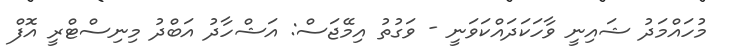
މުހައްމަދު ޝައިނީ ވާހަކަދައްކަވަނީ - ވަގުތު އިމޭޖަސް: އަޝްހާދު އަބްދު މިނިސްޓްރީ އޮފް